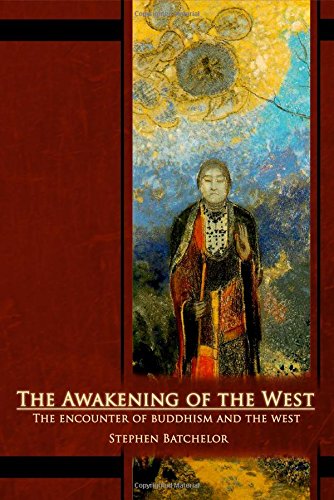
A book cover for The Awakening of the West: The Encounter of Buddhism and Western Culture; Stephen Batchelor; Religion & Spirituality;